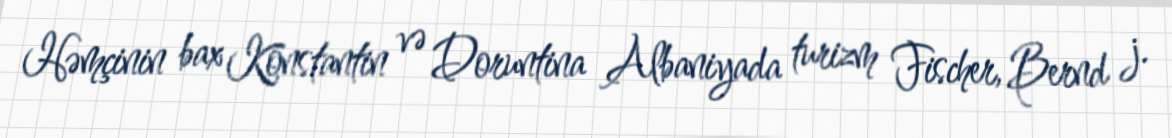
Həmçinin bax Konstantin və Doruntina Albaniyada turizm Fischer, Bernd j.